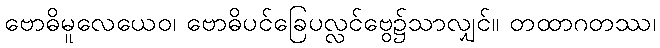
ဗောဓိမူလေယေဝ၊ ဗောဓိပင်ခြေပလ္လင်ဗွေ၌သာလျှင်။ တထာဂတဿ၊